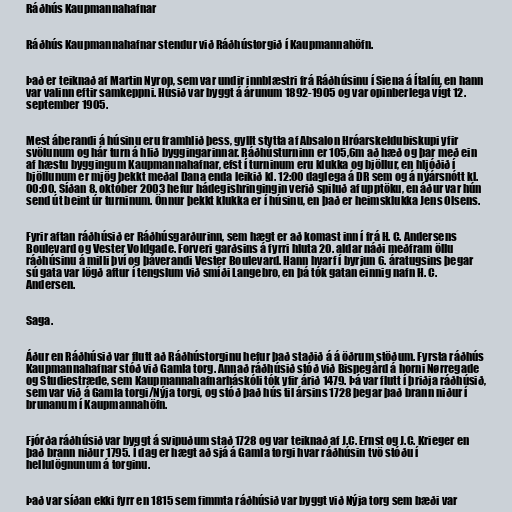
Ráðhús Kaupmannahafnar

Ráðhús Kaupmannahafnar stendur við Ráðhústorgið í Kaupmannahöfn.

Það er teiknað af Martin Nyrop, sem var undir innblæstri frá Ráðhúsinu í Siena á Ítalíu, en hann
var valinn eftir samkeppni. Húsið var byggt á árunum 1892-1905 og var opinberlega vígt 12.
september 1905.

Mest áberandi á húsinu eru framhlið þess, gyllt stytta af Absalon Hróarskeldubiskupi yfir
svölunum og hár turn á hlið byggingarinnar. Ráðhústurninn er 105,6m að hæð og þar með ein
af hæstu byggingum Kaupmannahafnar, efst í turninum eru klukka og bjöllur, en hljóðið í
bjöllunum er mjög þekkt meðal Dana enda leikið kl. 12:00 daglega á DR sem og á nýársnótt kl.
00:00. Síðan 8. október 2003 hefur hádegishringingin verið spiluð af upptöku, en áður var hún
send út beint úr turninum. Önnur þekkt klukka er í húsinu, en það er heimsklukka Jens Olsens.

Fyrir aftan ráðhúsið er Ráðhúsgarðurinn, sem hægt er að komast inn í frá H. C. Andersens
Boulevard og Vester Voldgade. Forveri garðsins á fyrri hluta 20. aldar náði meðfram öllu
ráðhúsinu á milli því og þáverandi Vester Boulevard. Hann hvarf í byrjun 6. áratugsins þegar
sú gata var lögð aftur í tengslum við smíði Langebro, en þá tók gatan einnig nafn H. C.
Andersen.

Saga.

Áður en Ráðhúsið var flutt að Ráðhústorginu hefur það staðið á á öðrum stöðum. Fyrsta ráðhús
Kaupmannahafnar stóð við Gamla torg. Annað ráðhúsið stóð við Bispegård á horni Nørregade
og Studiestræde, sem Kaupmannahafnarháskóli tók yfir árið 1479. Þá var flutt í þriðja ráðhúsið,
sem var við á Gamla torgi/Nýja torgi, og stóð það hús til ársins 1728 þegar það brann niður í
brunanum í Kaupmannahöfn.

Fjórða ráðhúsið var byggt á svipuðum stað 1728 og var teiknað af J.C. Ernst og J.C. Krieger en
það brann niður 1795. Í dag er hægt að sjá á Gamla torgi hvar ráðhúsin tvö stóðu í
hellulögnunum á torginu.

Það var síðan ekki fyrr en 1815 sem fimmta ráðhúsið var byggt við Nýja torg sem bæði var